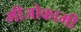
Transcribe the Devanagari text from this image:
मीजोकामी